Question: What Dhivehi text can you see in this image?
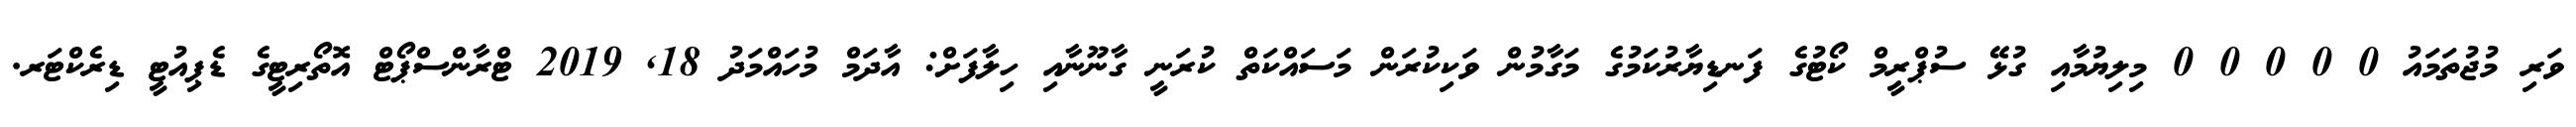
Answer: ވަރި މުޖުތަމައު 0 0 0 0 0 މިލިޔުމާއި ގުޅޭ ސުޕްރީމް ކޯޓުގެ ފަނޑިޔާރުކަމުގެ މަގާމުން ވަކިކުރަން މަސައްކަތް ކުރަނީ ގާނޫނާއި ހިލާފަށް: އާދަމް މުހައްމަދު 18, 2019 ޓްރާންސްޕޯޓް އޮތޯރިޓީގެ ޑެޕިއުޓީ ޑިރެކްޓަރ.